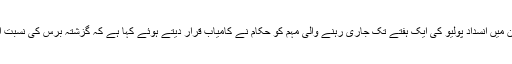
کوئٹہ — پاکستان کے جنوب مغربی صوبے بلوچستان میں انسداد پولیو کی ایک ہفتے تک جاری رہنے والی مہم کو حکام نے کامیاب قرار دیتے ہوئے کہا ہے کہ گزشتہ برس کی نسبت اس مہم میں قابل ذکر حد تک اہداف حاصل کیے گئے۔